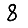
Digit: 8